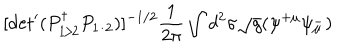
[ \mathrm { d e t } ^ { \prime } ( P _ { 1 / 2 } ^ { \dagger } P _ { 1 / 2 } ) ] ^ { - 1 / 2 } \frac { 1 } { 2 \pi } \int d ^ { 2 } \sigma \sqrt { g } ( \psi ^ { + \mu } \psi _ { \mu } ^ { - } )